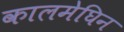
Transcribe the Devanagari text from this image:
कालमेघिन